Assam Mental Hospital (Tezpur, India) - 1933-1948
Year: 1933
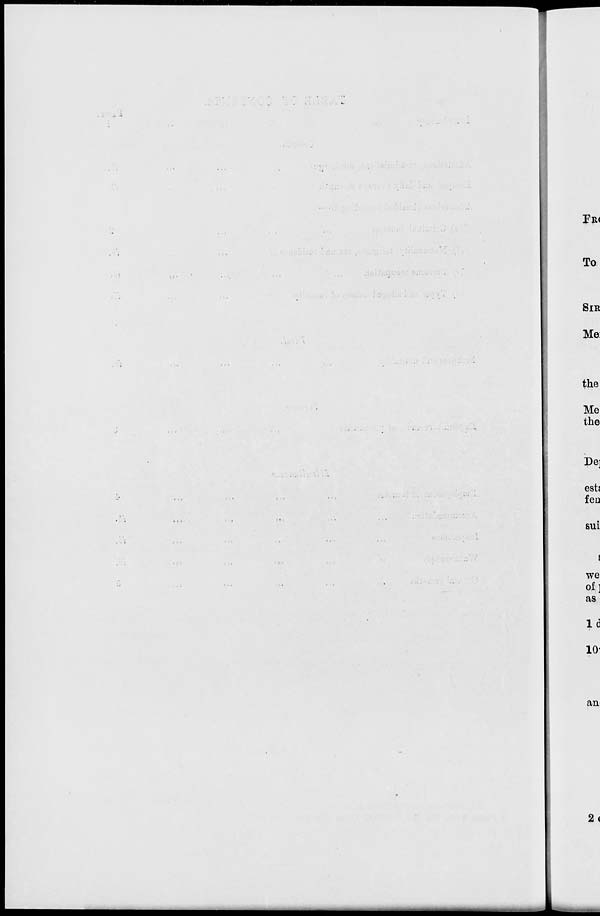
FR<
To
SIR
Me:
the
Me
the
De]
est{
feu
sui
i
we
of]
as
Id
lo-
an
2<